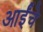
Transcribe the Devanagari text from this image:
आईंचे